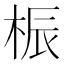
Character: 桭